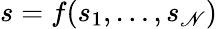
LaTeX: s=f(s_{1},\ldots,s_{\mathscr{N}})